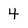
Character: 4